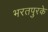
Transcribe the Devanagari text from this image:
भरतपुरके